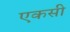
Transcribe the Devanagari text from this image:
एकसी